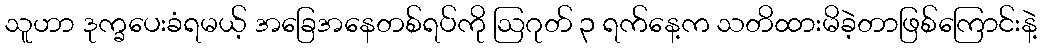
သူဟာ ဒုက္ခပေးခံရမယ့် အခြေအနေတစ်ရပ်ကို ဩဂုတ် ၃ ရက်နေ့က သတိထားမိခဲ့တာဖြစ်ကြောင်းနဲ့